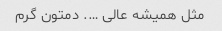
مثل همیشه عالی …. دمتون گرم